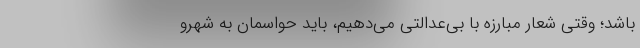
باشد؛ وقتی شعار مبارزه با بی‌عدالتی می‌دهیم، باید حواسمان به شهرو